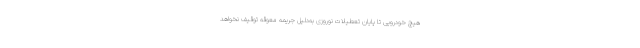
هیچ خودرویی تا پایان تعطیلات نوروزی به‌دلیل جریمه معوقه توقیف نخواهد